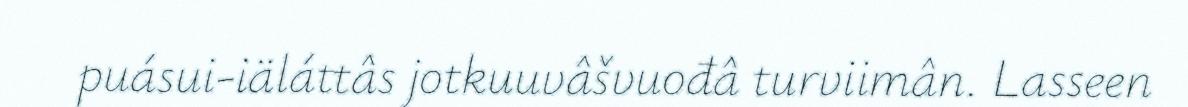
puásui-iäláttâs jotkuuvâšvuođâ turviimân. Lasseen